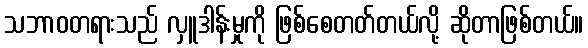
သဘာဝတရားသည် လှူဒါန်းမှုကို ဖြစ်စေတတ်တယ်လို့ ဆိုတာဖြစ်တယ်။